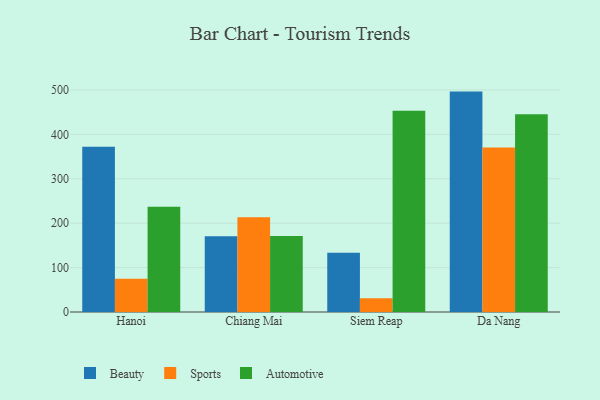
{"axis": {"x": "City", "y": "Operating Costs (USD K)"}, "legend": ["Automotive", "Beauty", "Sports"], "data": [{"x": "Hanoi", "y": 371.9, "type": "Beauty"}, {"x": "Hanoi", "y": 74.8, "type": "Sports"}, {"x": "Hanoi", "y": 237.0, "type": "Automotive"}, {"x": "Chiang Mai", "y": 170.4, "type": "Beauty"}, {"x": "Chiang Mai", "y": 213.1, "type": "Sports"}, {"x": "Chiang Mai", "y": 171.1, "type": "Automotive"}, {"x": "Siem Reap", "y": 133.5, "type": "Beauty"}, {"x": "Siem Reap", "y": 31.0, "type": "Sports"}, {"x": "Siem Reap", "y": 453.3, "type": "Automotive"}, {"x": "Da Nang", "y": 496.2, "type": "Beauty"}, {"x": "Da Nang", "y": 370.1, "type": "Sports"}, {"x": "Da Nang", "y": 445.0, "type": "Automotive"}]}